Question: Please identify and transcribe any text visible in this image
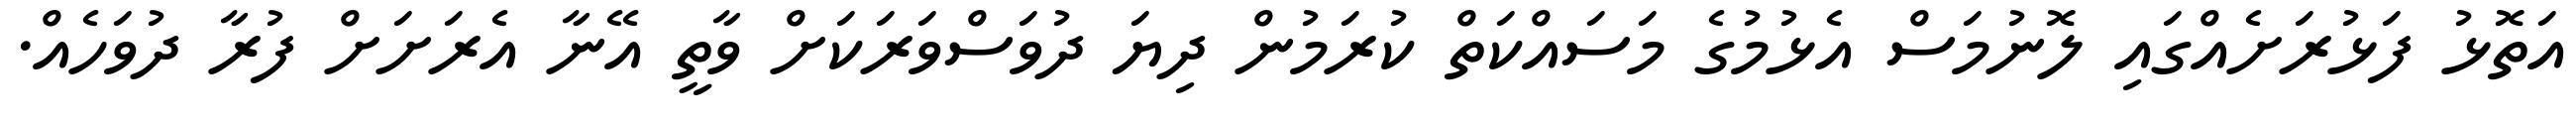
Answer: އަތޮޅު ފަޅުރަށެއްގައި ލޮނުމަސް އެޅުމުގެ މަސައްކަތް ކުރަމުން ދިޔަ ދުވަސްވަރަކަށް ވާތީ އޭނާ އެރަށަށް ފުރާ ދުވަހެއް.